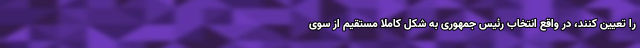
را تعیین کنند، در واقع انتخاب رئيس جمهوری به شکل کاملا مستقیم از سوی